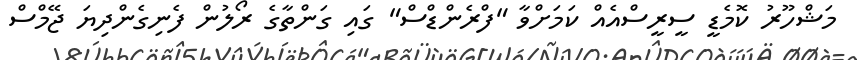
މަޝްހޫރު ކޮމެޑީ ސީރީސްއެއް ކަމަށްވާ "ފްރެންޑްސް" ގައި ގަންތާގެ ރޯލުން ފެނިގެންދިޔަ ޖޭމްސް